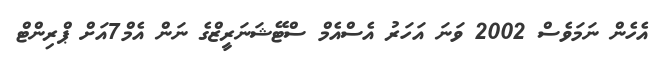
އެހެން ނަމަވެސް 2002 ވަނަ އަހަރު އެސްއެމް ސްޓޭޝަނަރީޒްގެ ނަން އެމް7އަށް ޕްރިންޓް